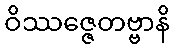
ဝိဿဇ္ဇေတဗ္ဗာနိ